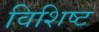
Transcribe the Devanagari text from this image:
विशिष्ट